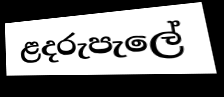
ළදරුපැලේ